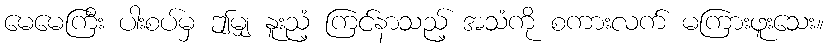
မေမေကြီး ပါးစပ်မှ ဤမျှ နူးညံ့ ကြင်နာသည့် အသံကို စကားလက် မကြားဖူးသေး။